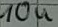
Text: 10u